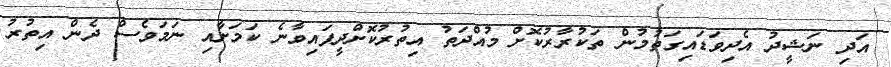
އަދި ނަޝީދު އެދިވަަޑައިގަތުމުން ތަކުރާރުކޮށް މުއްދަތު އިތުރުކޮށްދީފައިވާނެ ކަމަށާއި ނަމަވެސް ދެން އިތުރު